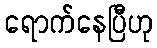
ရောက်နေပြီဟု